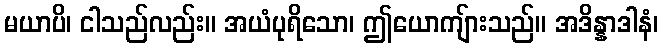
မယာပိ၊ ငါသည်လည်း။ အယံပုရိသော၊ ဤယောကျ်ားသည်။ အဒိန္နာဒါနံ၊